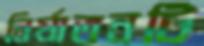
নির্যাতনটি